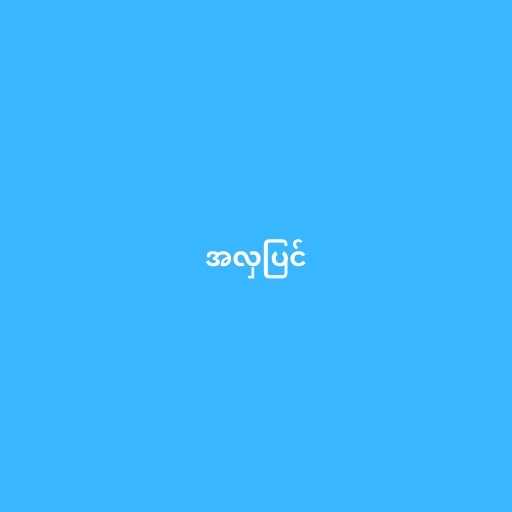
အလှပြင်